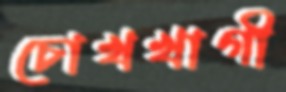
চোখখাগী